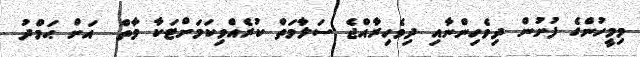
މިމީހުންގެ ފުށުން ދިވެހިންނާއި ދިވެހިރާއްޖެ ސަލާމަތް ކުރެއްވިކަމަށްޓަކާ މާތް  އަށް ޙަމްދު